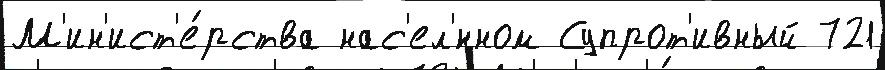
М'ин'ист'е́рства нас'ел'́нном Супрот'ивный 721